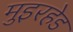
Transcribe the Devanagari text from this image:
मुइरहेड